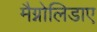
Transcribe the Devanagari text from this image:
मैग्नोलिडाए